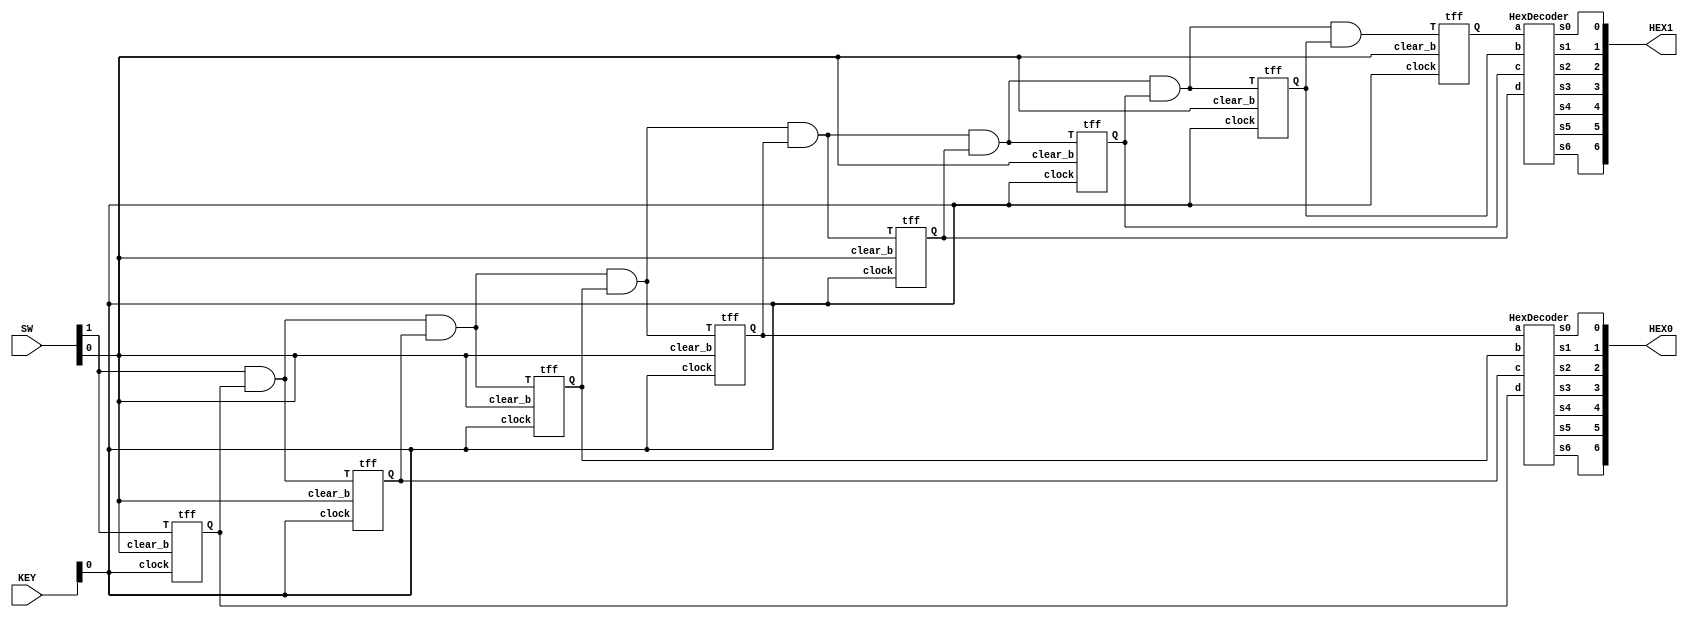

module counter8bit(KEY,SW,HEX0,HEX1);

input [1:0]KEY;// KEY[0] clock
input [1:0]SW;//SW1 enable, SW0 clear
output [6:0] HEX0;//
output [6:0] HEX1;

wire [14:0] w;
wire  [8:0]h;



//counter put together

tff b0(SW[1],KEY[0],SW[0],w[0]);
assign w[1]=SW[1]&w[0];

tff b1(w[1],KEY[0],SW[0],w[2]);

assign w[3]=w[1]&w[2];

tff b2(w[3],KEY[0],SW[0],w[4]);
assign w[5]=w[3]&w[4];

tff b3(w[5],KEY[0],SW[0],w[6]);
assign w[7]=w[5]&w[6];


tff b4(w[7],KEY[0],SW[0],w[8]);
assign w[9]=w[7]&w[8];


tff b5(w[9],KEY[0],SW[0],w[10]);
assign w[11]=w[9]&w[10];


tff b6(w[11],KEY[0],SW[0],w[12]);
assign w[13]=w[11]&w[12];


tff b7(w[13],KEY[0],SW[0],w[14]);

assign h[1]=w[0];
assign h[2]=w[2];
assign h[3]=w[4];
assign h[4]=w[6];

assign h[5]=w[8];
assign h[6]=w[10];
assign h[7]=w[12];
assign h[8]=w[14];
//HEXO and HEX1

HexDecoder hex0(h[4], h[3], h[2], h[1], HEX0[0], HEX0[1], HEX0[2], HEX0[3], HEX0[4], HEX0[5], HEX0[6]);

HexDecoder hex1(h[8], h[7], h[6], h[5], HEX1[0], HEX1[1], HEX1[2], HEX1[3], HEX1[4], HEX1[5], HEX1[6]);


endmodule





module tff(T,clock,clear_b,Q);

	input T;
	input clock;
	input clear_b;
	output reg Q;

	always @(posedge clock, negedge clear_b)begin
	
	if(clear_b==1'b0)
		Q<=0;
	else
		if(T==1)
		   Q<=!Q;
	end
		
endmodule

//hexdecoder being impletemented.NOTE: a represents bit 3 not 0.

module HexDecoder(input a, b,c,d, output s0,s1,s2,s3,s4,s5,s6);
	assign s0=
	~((a|b|c|~d)
	  &(a|~b|c|d)
	  &(~a|b|~c|~d)
	  &(~a|~b|c|~d));	

	assign s1=
	~((a|~b|c|~d)
	  &(a|~b|~c|d)
	  &(~a|b|~c|~d)
	  &(~a|~b|c|d)
          &(~a|~b|~c|d)
          &(~a|~b|~c|~d));

	assign s2=~((a|b|~c|d)
	  &(~a|~b|c|d)
	  &(~a|~b|~c|d)
	  &(~a|~b|~c|~d));

	assign s3=~((a|b|c|~d)
	  &(a|~b|c|d)
	  &(a|~b|~c|~d)
	  &(~a|b|c|~d)
	  &(~a|b|~c|d)
	  &(~a|~b|~c|~d));

	assign s4=~((a|b|c|~d)
	  &(a|b|~c|~d)
	  &(a|~b|c|d)
	  &(a|~b|c|~d)
	  &(a|~b|~c|~d)
	  &(~a|b|c|~d));

	assign s5=~((a|b|c|~d)
	  &(a|b|~c|d)
	  &(a|b|~c|~d)
	  &(a|~b|~c|~d)
     &(~a|~b|c|~d));

	assign s6=~((a|b|c|d)
	  &(a|b|c|~d)
	  &(a|~b|~c|~d)
	  &(~a|~b|c|d));

endmodule